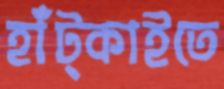
হাঁট্‌কাইতে